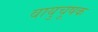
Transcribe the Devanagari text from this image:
वायुचूषक